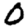
Digit: 0